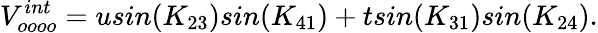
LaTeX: V_{oooo}^{int}=usin(K_{23})sin(K_{41})+tsin(K_{31})sin(K_{24}).